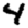
Digit: 4